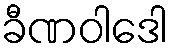
ခီဏဝါဒေါ